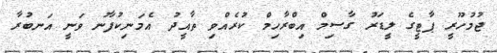
ޖުމުހޫރީ ޕާޓީގެ ލީޑަރު ގާސިމް އިބްރާހިމް ކުރެއްވި ތާއީދު އެމަނިކުފާނު ވަނީ އަނބުރާ